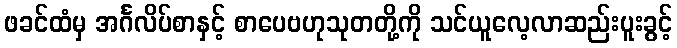
ဖခင်ထံမှ အင်္ဂလိပ်စာနှင့် စာပေဗဟုသုတတို့ကို သင်ယူလေ့လာဆည်းပူးခွင့်